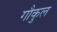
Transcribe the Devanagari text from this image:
गौकुल